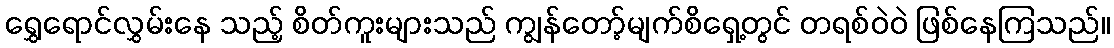
ရွှေရောင်လွှမ်းနေ သည့် စိတ်ကူးများသည် ကျွန်တော့်မျက်စိရှေ့တွင် တရစ်ဝဲဝဲ ဖြစ်နေကြသည်။